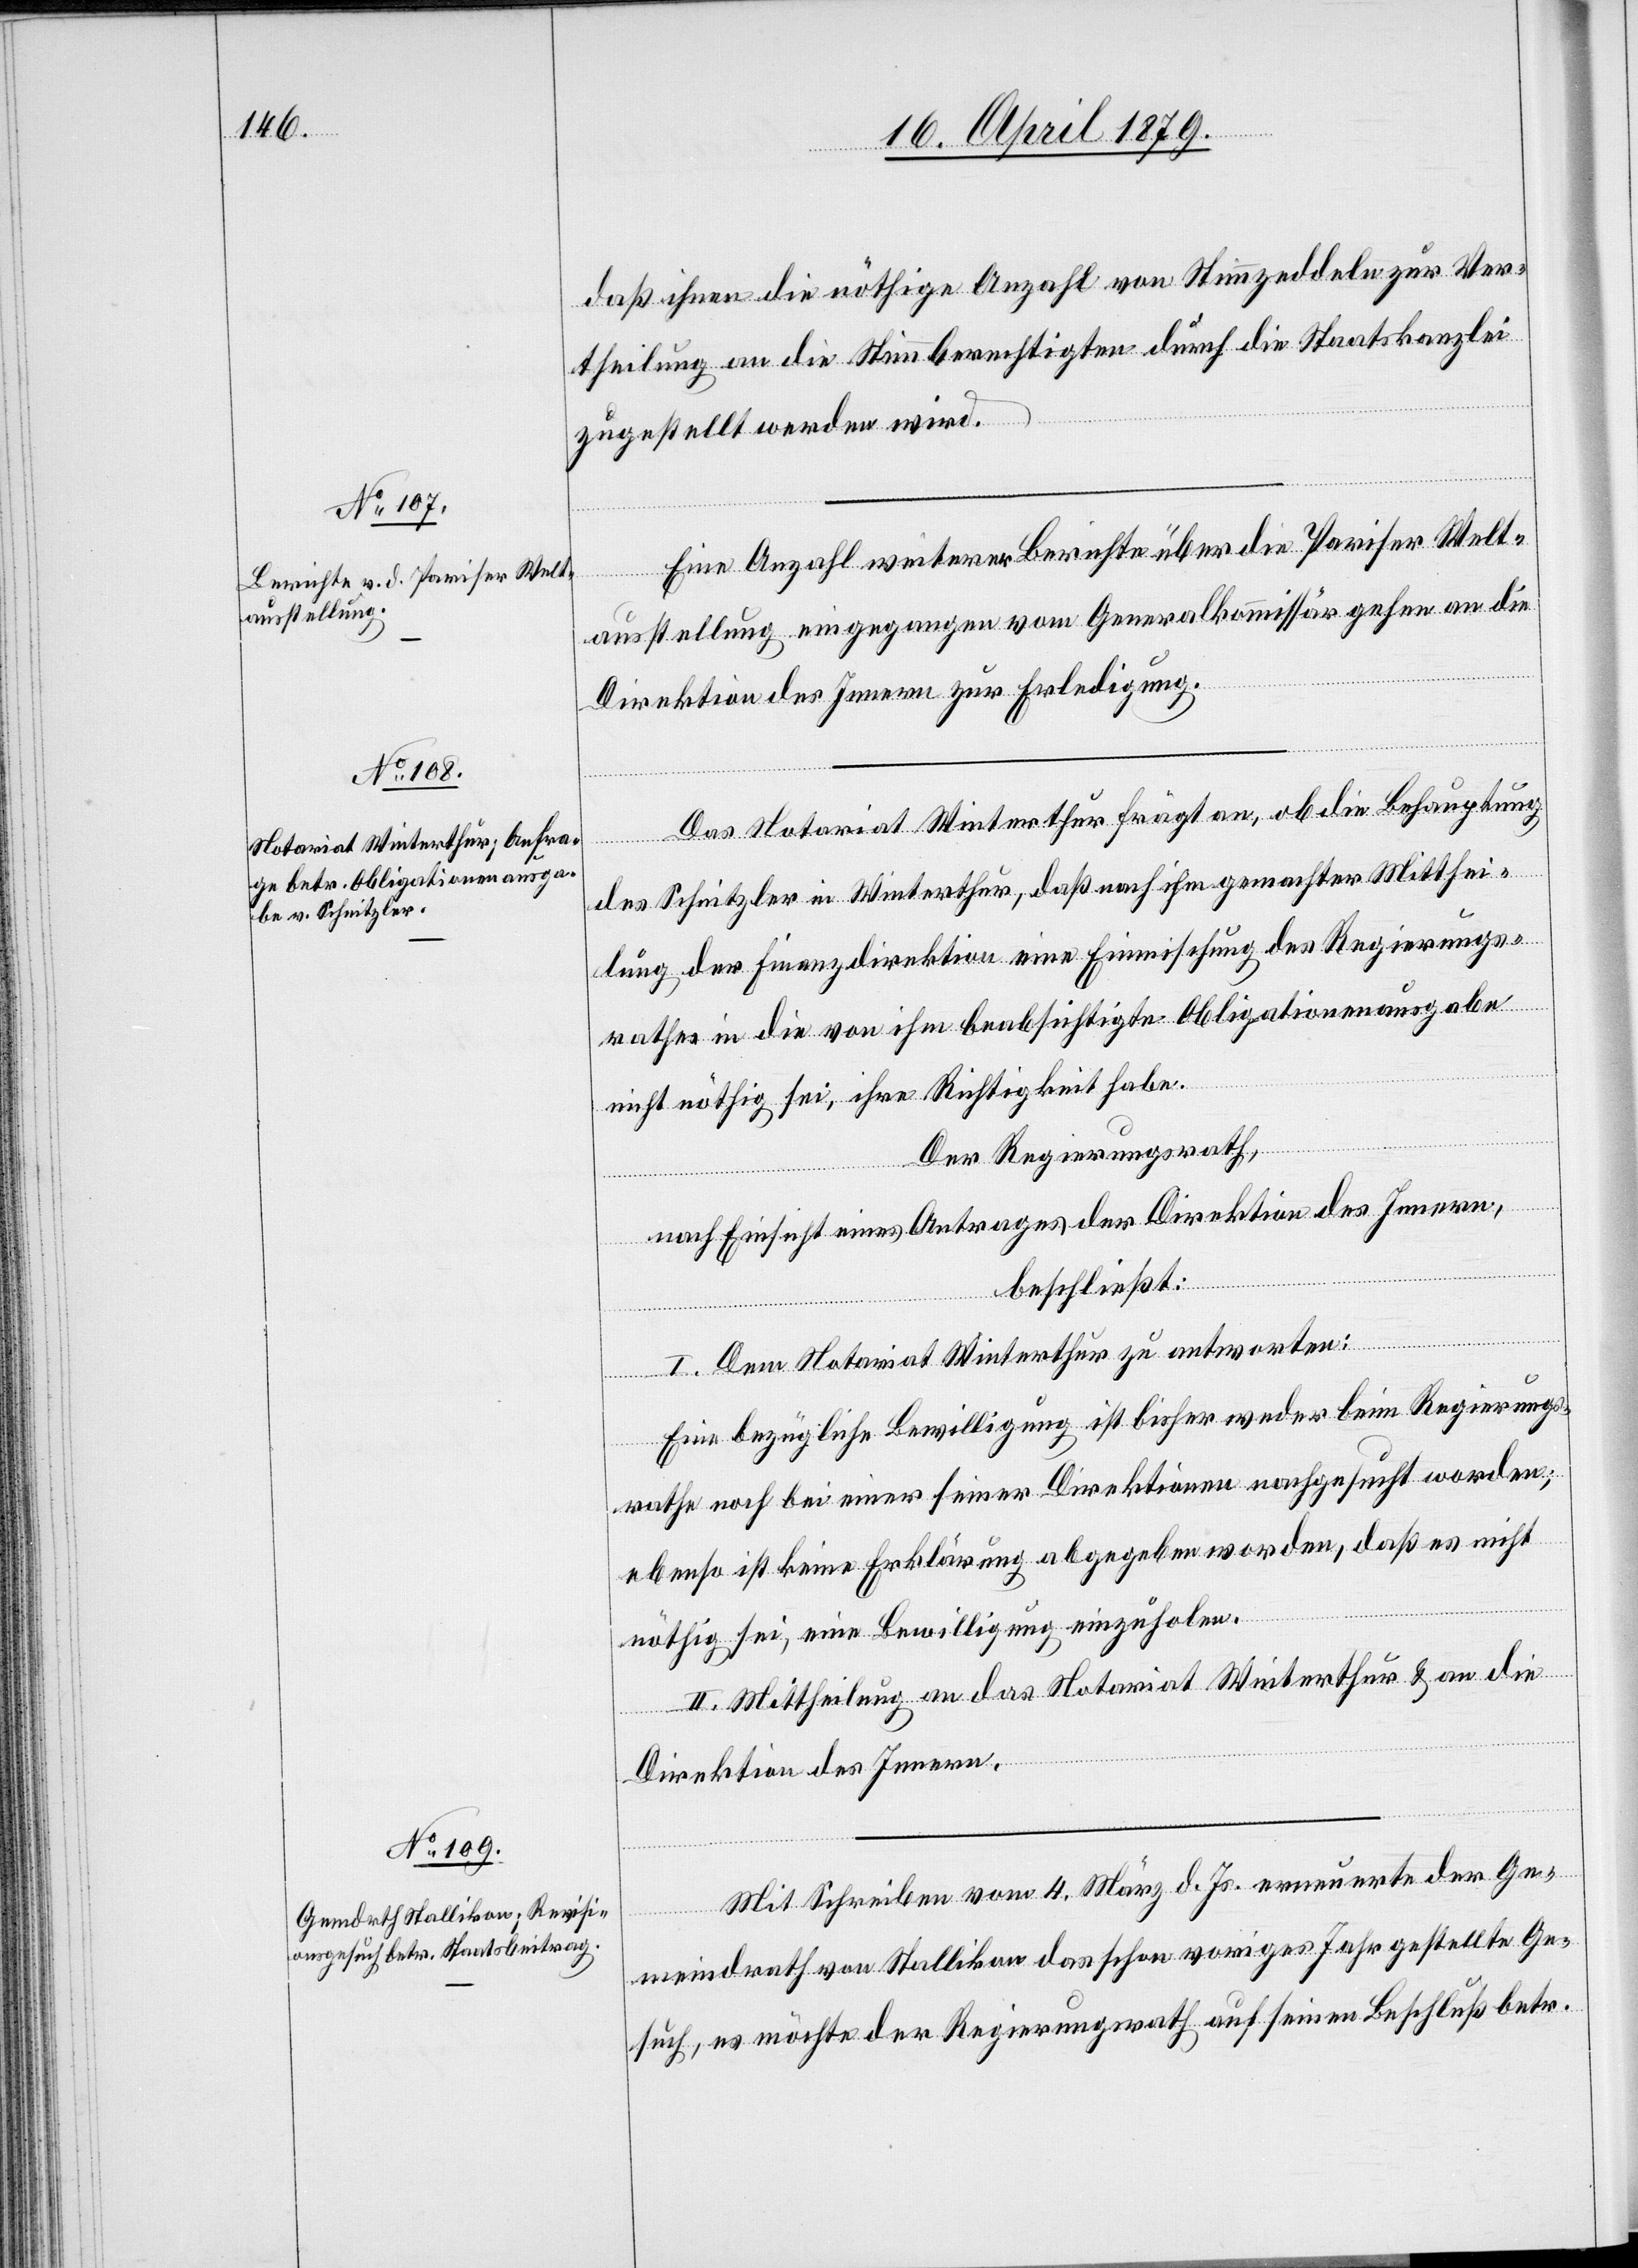
Eine Anzahl weiterer Berichte über die Pariser Welt¬
ausstellung eingegangen vom Generalkommissär gehen an die
Direktion des Innern zur Erledigung.
Das Notariat Winterthur frägt an, ob die Behauptung
des Schnitzler in Winterthur, daß nach ihm gemachter Mitthei¬
lung der Finanzdirektion eine Einmischung des Regierungs¬
rathes in die von ihm beabsichtigte Obligationenausgabe
nicht nöthig sei, ihre Richtigkeit habe.
Der Regierungsrath,
nach Einsicht eines Antrages der Direktion des Innern,
beschließt:
I. Dem Notariat Winterthur zu antworten:
Eine bezügliche Bewilligung ist bisher weder beim Regierungs¬
rathe noch bei einer seiner Direktionen nachgesucht worden;
ebenso ist keine Erklärung abgegeben worden, daß es nicht
nöthig sei, eine Bewilligung einzuholen.
II. Mittheilung an das Notariat Winterthur & an die
Direktion des Innern.
Mit Schreiben vom 4. März d. Js. erneuerte der Ge¬
meindrath von Stallikon das schon voriges Jahr gestellte Ge¬
such, es möchte der Regierungsrath auf seinen Beschluß betr.